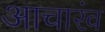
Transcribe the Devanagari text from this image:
आचारंव